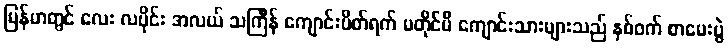
မြန်မာတွင် လေး လပိုင်း အလယ် သင်္ကြန် ကျောင်းပိတ်ရက် မတိုင်မီ ကျောင်းသားများသည် နှစ်ဝက် စာမေးပွဲ